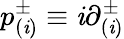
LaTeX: p_{(\mathit{i})}^{\pm}\equiv\mathit{i}{\partial}_{(\mathit{i})}^{\pm}